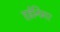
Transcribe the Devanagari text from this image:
हईनिगर